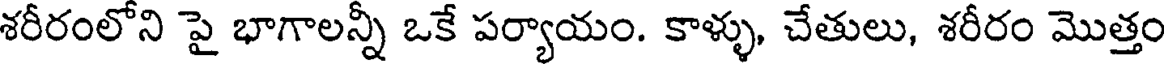
శరీరంలోని పై భాగాలన్ని ఒకే పర్యాయం. కాళ్ళు, చేతులు, శరీరం మొత్తం